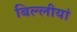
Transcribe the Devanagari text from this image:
बिल्लीयां